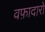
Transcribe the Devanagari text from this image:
वफ़ादारों